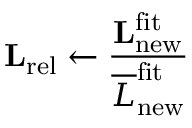
\mathbf { L } _ { \mathrm { r e l } } \leftarrow \frac { \mathbf { L } _ { \mathrm { n e w } } ^ { \mathrm { f i t } } } { \overline { { L } } _ { \mathrm { n e w } } ^ { \mathrm { f i t } } }